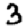
Digit: 3